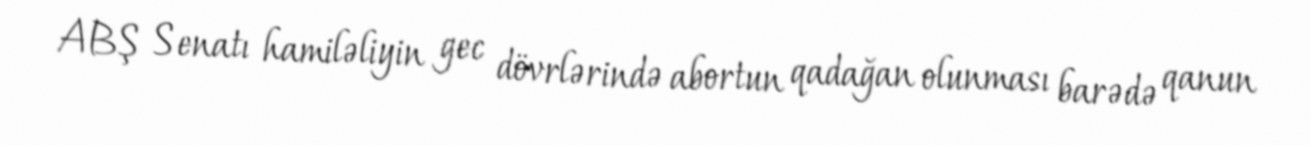
ABŞ Senatı hamiləliyin gec dövrlərində abortun qadağan olunması barədə qanun